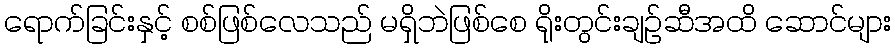
ရောက်ခြင်းနှင့် စစ်ဖြစ်လေသည် မရှိဘဲဖြစ်စေ ရိုးတွင်းချဉ်ဆီအထိ ဆောင်များ